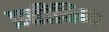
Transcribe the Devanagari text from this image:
प्रतीकित